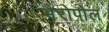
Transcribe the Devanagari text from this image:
भैरोपोल